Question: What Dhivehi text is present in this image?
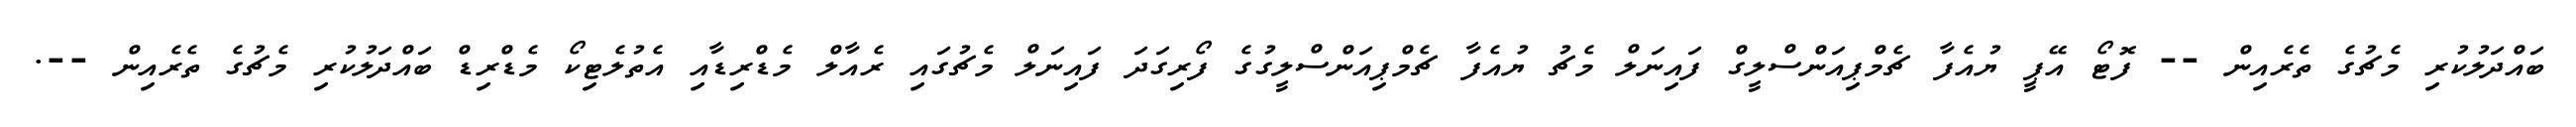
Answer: ބައްދަލުކުރި މެޗުގެ ތެރެއިން -- ފޮޓޯ އޭޕީ ޔުއެފާ ޗެމްޕިއަންސްލީގް ފައިނަލް މެޗު ޔުއެފާ ޗެމްޕިއަންސްލީގުގެ ފޯރިގަދަ ފައިނަލް މެޗުގައި ރެއާލް މެޑްރިޑާއި އެތުލެޓިކޯ މެޑްރިޑް ބައްދަލުކުރި މެޗުގެ ތެރެއިން --.